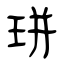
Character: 㻂